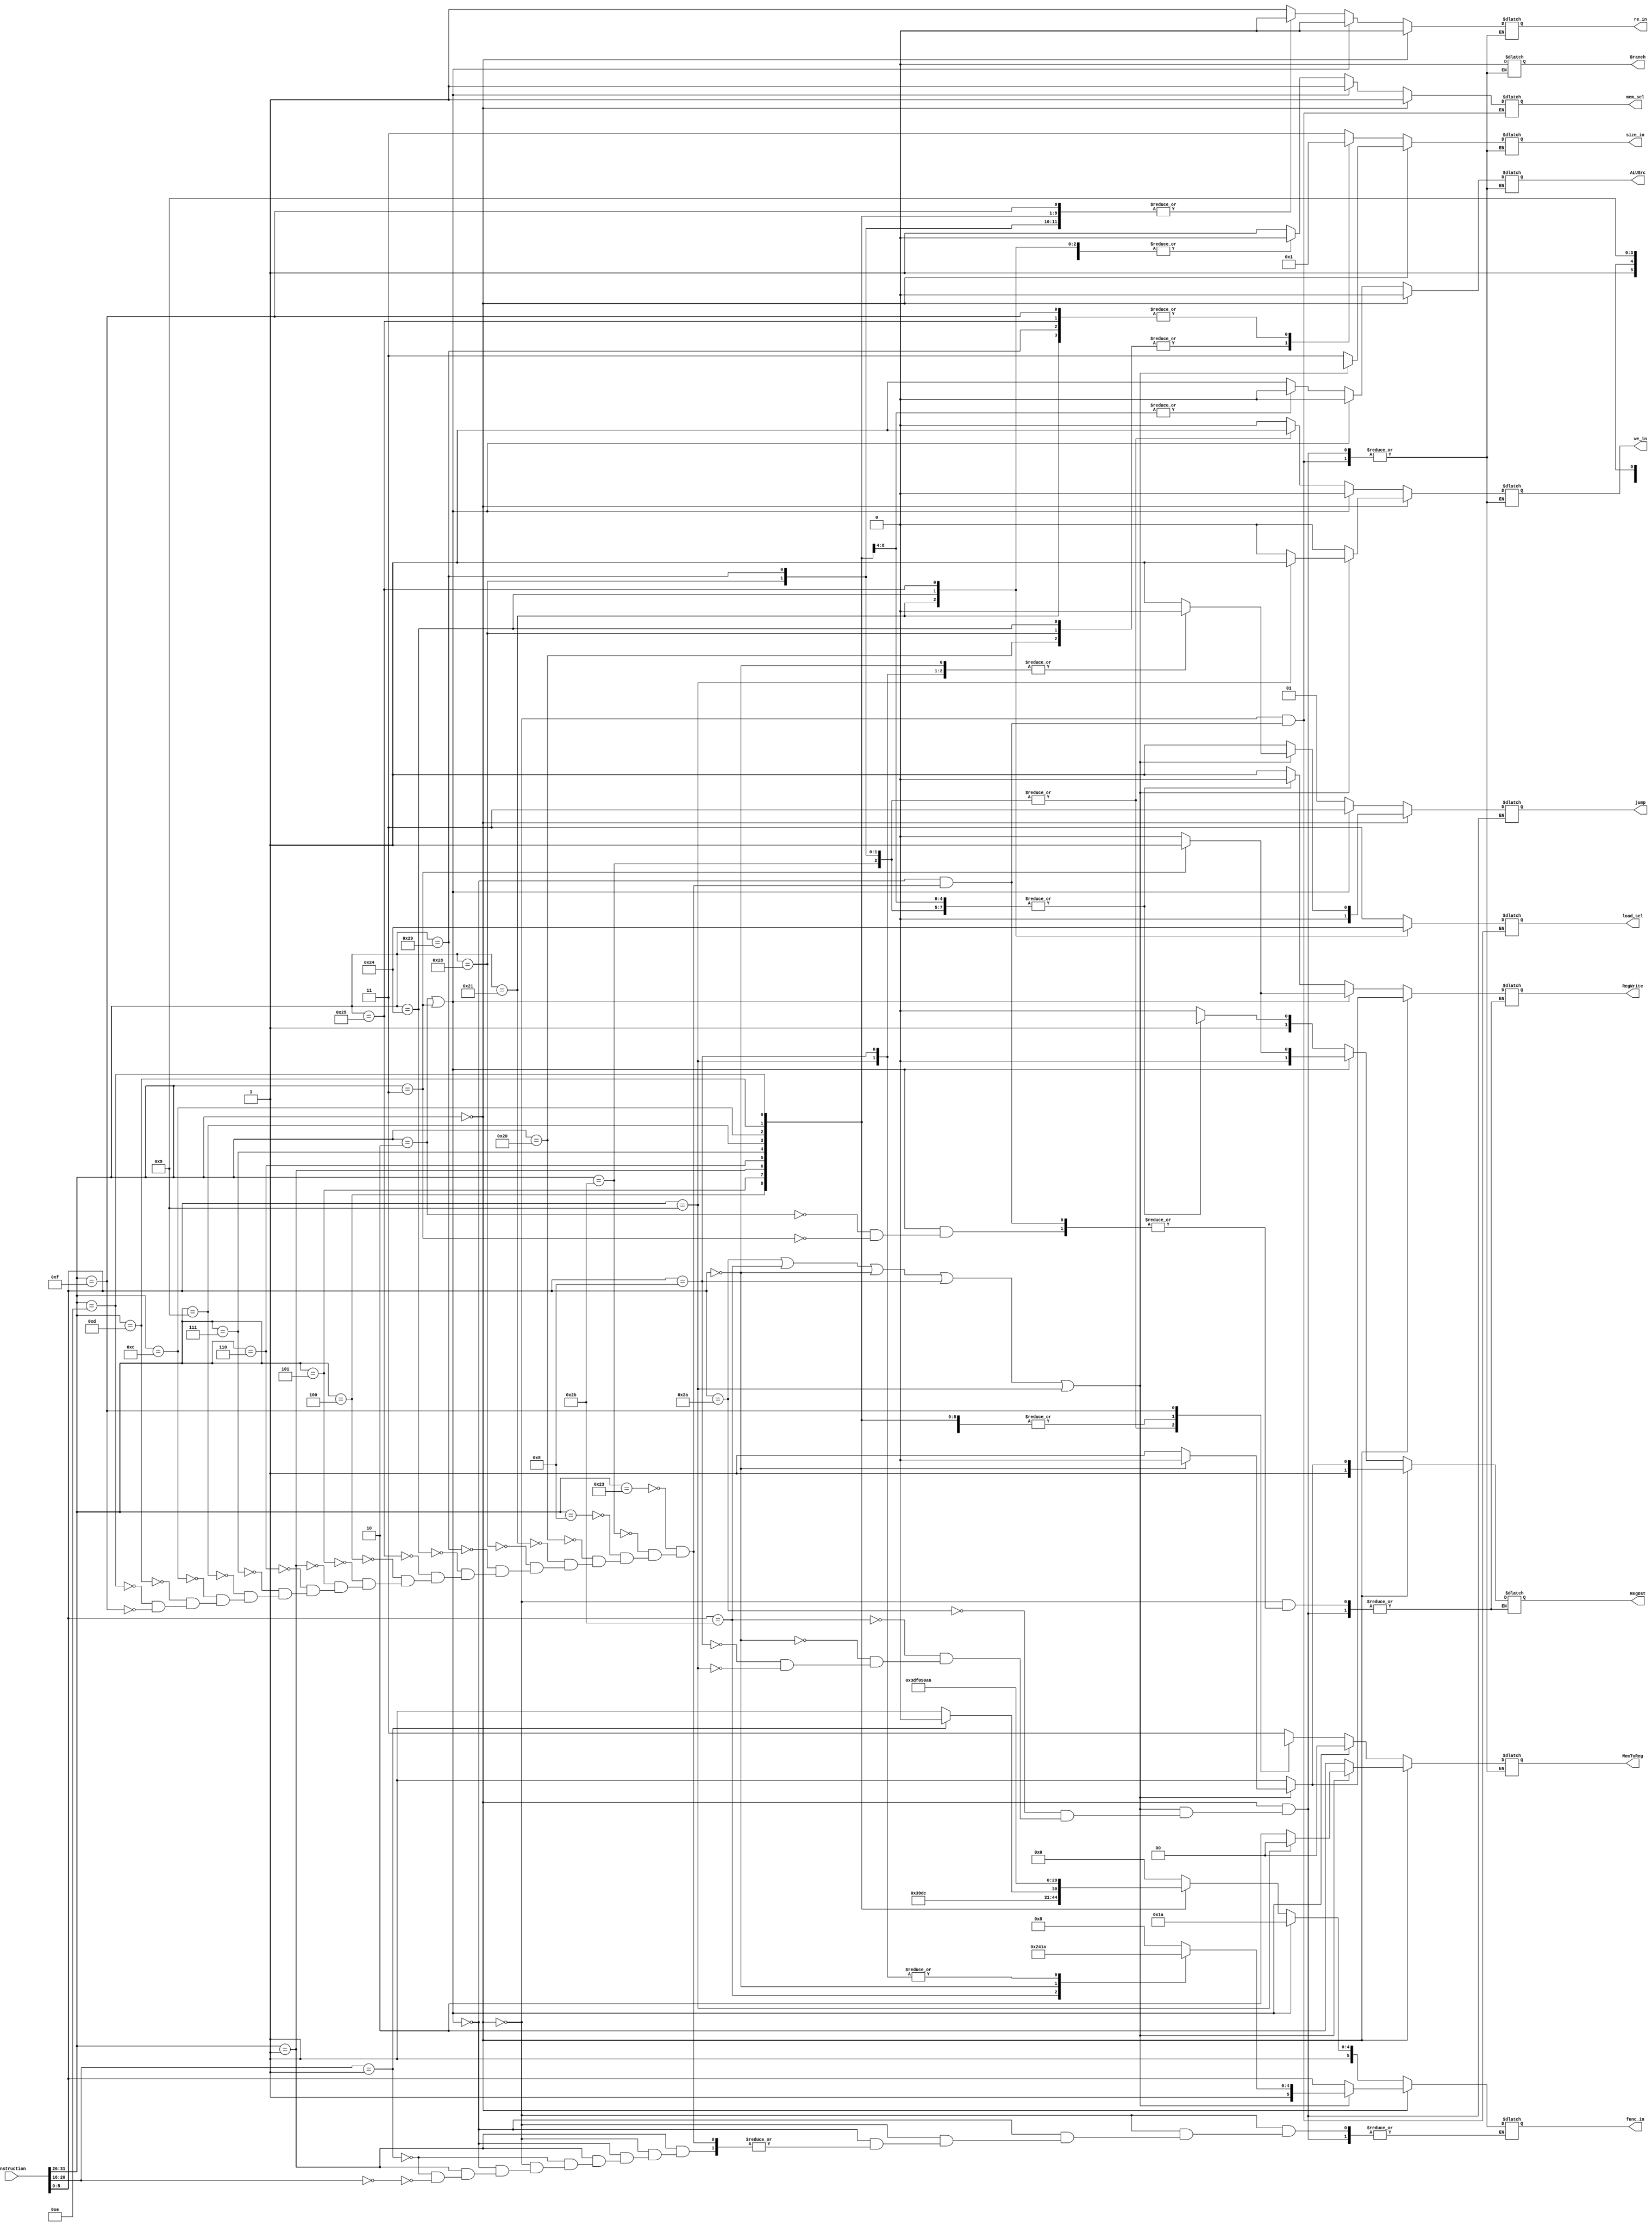
module ctr_unit(
		input [31:0] instruction,
		output [1:0] RegDst,
		output Branch,
		output re_in,
		output [1:0]MemToReg,
		output [5:0] func_in,
		output we_in,
		output ALUSrc,
		output RegWrite,
		output [1:0] jump,
		output [1:0] size_in,
		output [1:0] load_sel,
		output mem_sel
);

	reg [1:0] RegDst_reg;
	reg Branch_reg;
	reg re_in_reg;
	reg [1:0]MemToReg_reg;
	reg [5:0] func_in_reg;
	reg we_in_reg;
	reg ALUSrc_reg;
	reg RegWrite_reg;
	reg [1:0]jump_reg;
	reg [1:0] size_in_reg;
	reg [1:0] load_sel_reg;
	reg mem_sel_reg;
	
	assign RegDst = RegDst_reg;
	assign Branch = Branch_reg;
	assign re_in = re_in_reg;
	assign MemToReg = MemToReg_reg;
	assign func_in =func_in_reg;
	assign we_in = we_in_reg;
	assign ALUSrc = ALUSrc_reg;
	assign RegWrite = RegWrite_reg;
	assign jump = jump_reg;
	assign size_in = size_in_reg;
	assign load_sel = load_sel_reg;
	assign mem_sel = mem_sel_reg;
	
	always @(*)
		begin
			/*if(instruction[31:26] == 6'b000000) // R type
			begin
				func_in_reg <= instruction[5:0];
				ALUSrc_reg <= 1'b0;
				re_in_reg <= 1'b0;
				Branch_reg <= 1'b0;
				size_in_reg <= 2'bxx;
				if(instruction[5:0] == 6'b001000) begin
					jump_reg <= 2'b00;
					we_in_reg <= 1'b0;
					MemToReg_reg <= 2'b10;
					RegDst_reg <= 2'b11;
					RegWrite_reg <= 1'b1;
				end
				else if(instruction[5:0] == 6'b001001) begin
					jump_reg <= 2'b00;
					we_in_reg <= 1'b1;
					MemToReg_reg <= 2'b00;
					RegDst_reg <= 2'b11;
					RegWrite_reg <= 1'b1;
				end
				else begin
					jump_reg <= 2'b01;
					we_in_reg <= 1'b0;
					MemToReg_reg <= 2'b10;
					RegDst_reg <= 2'b11;
					RegWrite_reg <= 1'b1;
				end
				// sll logic havn't been implementeddededed
			end*/
			//**********new R type*************
			if(instruction[31:26] == 6'b000000) // R type
			begin
				load_sel_reg <= 2'bxx;
				mem_sel_reg <= 1'b1;
				if((instruction[5:0] == 6'b101010) || 
					(instruction[5:0] == 6'b101011) || 
					(instruction[5:0] == 6'b000000) || 
					(instruction[5:0] == 6'b001000) || 
					(instruction[5:0] == 6'b001001))
					begin
						case(instruction[5:0])
								6'b101010: 	begin //slt
													func_in_reg <= 6'b101000;
													RegDst_reg <= 2'b11; 
													ALUSrc_reg <= 1'b0;
													RegWrite_reg <= 1'b1;
													re_in_reg <= 1'b0;
													Branch_reg <= 1'b0;
													size_in_reg <= 2'bxx;
													jump_reg <= 2'b01;
													we_in_reg <= 1'b0;
													MemToReg_reg <= 2'b10;
												end
								6'b101011:  begin //sltu
													func_in_reg <= 6'b101001;
													RegDst_reg <= 2'b11; 
													ALUSrc_reg <= 1'b0;
													RegWrite_reg <= 1'b1;
													re_in_reg <= 1'b0;
													Branch_reg <= 1'b0;
													size_in_reg <= 2'bxx;
													jump_reg <= 2'b01;
													we_in_reg <= 1'b0;
													MemToReg_reg <= 2'b10;
												end
								6'b000000:	begin //sll
													func_in_reg <= 6'b100000;
													RegDst_reg <= 2'b10; 
													ALUSrc_reg <= 1'b0;
													RegWrite_reg <= 1'b0;
													re_in_reg <= 1'b0;
													Branch_reg <= 1'b0;
													size_in_reg <= 2'bxx;
													jump_reg <= 2'b00;
													we_in_reg <= 1'b0;
													MemToReg_reg <= 2'b10;
												end
								6'b001000:	begin //jr
													func_in_reg <= 6'b111010;
													ALUSrc_reg <= 1'b0;
													re_in_reg <= 1'b0;
													Branch_reg <= 1'b0;
													size_in_reg <= 2'bxx;
													jump_reg <= 2'b00;
													we_in_reg <= 1'b0;
													MemToReg_reg <= 2'b10;
													RegDst_reg <= 2'b11;
													RegWrite_reg <= 1'b1;
												end
								6'b001001:	begin //jalr
													func_in_reg <= 6'b111010;
													ALUSrc_reg <= 1'b0;
													re_in_reg <= 1'b0;
													Branch_reg <= 1'b0;
													size_in_reg <= 2'bxx;
													jump_reg <= 2'b00;
													we_in_reg <= 1'b1;
													MemToReg_reg <= 2'b00;
													RegDst_reg <= 2'b11;
													RegWrite_reg <= 1'b1;
												end
						endcase
					end
					
				else
					begin //all other R types
						func_in_reg <= instruction[5:0];
						ALUSrc_reg <= 1'b0;
						re_in_reg <= 1'b0;
						Branch_reg <= 1'b0;
						size_in_reg <= 2'b11;
						jump_reg <= 2'b01;
						we_in_reg <= 1'b0;
						MemToReg_reg <= 2'b10;
						RegDst_reg <= 2'b11;
						RegWrite_reg <= 1'b1;
					end
			end
			
			else if((instruction[31:26] == 6'b000010) || (instruction[31:26] == 6'b000011)) begin // J type
				ALUSrc_reg <= 1'b0;
				re_in_reg <= 1'b0;
				we_in_reg <= 1'b0;
				jump_reg <= 2'b11;
				MemToReg_reg <= 2'b00;
				func_in_reg <= 6'b111010;
				size_in_reg <= 2'bxx;
				Branch_reg <= 1'b0;
				load_sel_reg <= 2'bxx;
				mem_sel_reg <= 1'b1;
				case(instruction[31:26])
					6'b000010: begin
										RegDst_reg <= 2'b00;
										RegWrite_reg <= 1'b0;
								  end
					6'b000011: begin
										RegDst_reg <= 2'b01;
										RegWrite_reg <= 1'b1;
								  end
				endcase			
			end
			else begin										// I type
				jump_reg <= 2'b01;
				case(instruction[31:26])
					6'b100011:	begin //lw
										func_in_reg = 6'b100000; 
										RegDst_reg <= 2'b10;
										ALUSrc_reg <= 1'b1;
										RegWrite_reg <= 1'b1;
										re_in_reg <= 1'b1;
										we_in_reg <= 1'b0;
										MemToReg_reg <= 2'b11;
										Branch_reg <= 1'b0;
										size_in_reg <= 2'b11;
										load_sel_reg <= 2'bxx;
										mem_sel_reg <= 1'b1;
									end
					6'b101011:	begin //sw
										func_in_reg = 6'b100000;
										RegDst_reg <= 2'b1x;
										ALUSrc_reg <= 1'b1;
										RegWrite_reg <= 1'b0;
										re_in_reg <= 1'b0;
										we_in_reg <= 1'b1;
										MemToReg_reg <= 2'b1x;
										Branch_reg <= 1'b0;
										size_in_reg <= 2'b11;
										load_sel_reg <= 2'bxx;
										mem_sel_reg <= 1'b1;
									end
					6'b001000:	begin //addi
										func_in_reg = 6'b100000;
										RegDst_reg <= 2'b10;
										ALUSrc_reg <= 1'b1;
										RegWrite_reg <= 1'b1;
										re_in_reg <= 1'b0;
										we_in_reg <= 1'b0;
										MemToReg_reg <= 2'b10;
										Branch_reg <= 1'b0;
										size_in_reg <= 2'bxx;
										load_sel_reg <= 2'bxx;
										mem_sel_reg <= 1'b1;
									end
					6'b100000:	begin //lb
										func_in_reg = 6'b100000;
										RegDst_reg <= 2'b10;
										ALUSrc_reg <= 1'b1;
										RegWrite_reg <= 1'b1;
										re_in_reg <= 1'b1;
										we_in_reg <= 1'b0;
										MemToReg_reg <= 2'b11;
										Branch_reg <= 1'b0;
										size_in_reg <= 2'b00;
										load_sel_reg <= 2'b11;
										mem_sel_reg <= 1'b0;
									end
					6'b100001:	begin //lh
										func_in_reg = 6'b100000;
										RegDst_reg <= 2'b10;
										ALUSrc_reg <= 1'b1;
										RegWrite_reg <= 1'b1;
										re_in_reg <= 1'b1;
										we_in_reg <= 1'b0;
										MemToReg_reg <= 2'b11;
										Branch_reg <= 1'b0;
										size_in_reg <= 2'b01;
										load_sel_reg <= 2'b10;
										mem_sel_reg <= 1'b0;
									end
					6'b101000:	begin //sb
										func_in_reg = 6'b100000;
										RegDst_reg <= 2'b1x;
										ALUSrc_reg <= 1'b1;
										RegWrite_reg <= 1'b0;
										re_in_reg <= 1'b0;
										we_in_reg <= 1'b1;
										MemToReg_reg <= 2'b1x;
										Branch_reg <= 1'b0;
										size_in_reg <= 2'b00;
										load_sel_reg <= 2'bxx;
										mem_sel_reg <= 1'b1;
									end
					6'b101001:	begin //sh
										func_in_reg = 6'b100000;
										RegDst_reg <= 2'b1x;
										ALUSrc_reg <= 1'b1;
										RegWrite_reg <= 1'b0;
										re_in_reg <= 1'b0;
										we_in_reg <= 1'b1;
										MemToReg_reg <= 2'b1x;
										Branch_reg <= 1'b0;
										size_in_reg <= 2'b01;
										load_sel_reg <= 2'bxx;
										mem_sel_reg <= 1'b1;
									end
					6'b100100:	begin //lbu
										func_in_reg = 6'b100000;
										RegDst_reg <= 2'b10;
										ALUSrc_reg <= 1'b1;
										RegWrite_reg <= 1'b1;
										re_in_reg <= 1'b1;
										we_in_reg <= 1'b0;
										MemToReg_reg <= 2'b11;
										Branch_reg <= 1'b0;
										size_in_reg <= 2'b00;
										load_sel_reg <= 2'b01;
										mem_sel_reg <= 1'b0;
									end
					6'b100101:	begin //lhu
										func_in_reg = 6'b100000;
										RegDst_reg <= 2'b10;
										ALUSrc_reg <= 1'b1;
										RegWrite_reg <= 1'b1;
										re_in_reg <= 1'b1;
										we_in_reg <= 1'b0;
										MemToReg_reg <= 2'b11;
										Branch_reg <= 1'b0;
										size_in_reg <= 2'b01;
										load_sel_reg <= 2'b00;
										mem_sel_reg <= 1'b0;
									end
					6'b000100:	begin //beq
										func_in_reg = 6'b111100;
										RegDst_reg <= 2'b1x;
										ALUSrc_reg <= 1'b0;
										RegWrite_reg <= 1'b0;
										re_in_reg <= 1'b0;
										we_in_reg <= 1'b0;
										MemToReg_reg <= 2'b10;
										Branch_reg <= 1'b0;
										size_in_reg <= 2'bxx;
										load_sel_reg <= 2'bxx;
										mem_sel_reg <= 1'b1;
									end
					6'b000101:	begin //bne
										func_in_reg = 6'b111101;
										RegDst_reg <= 2'b1x;
										ALUSrc_reg <= 1'b0;
										RegWrite_reg <= 1'b0;
										re_in_reg <= 1'b0;
										we_in_reg <= 1'b0;
										MemToReg_reg <= 2'b10;
										Branch_reg <= 1'b0;
										size_in_reg <= 2'bxx;
										load_sel_reg <= 2'bxx;
										mem_sel_reg <= 1'b1;
									end
					6'b000001:	begin //bltz  or bgez
										if(instruction[20:16] == 5'b00001)	begin // bgez
											func_in_reg = 6'b111000;
										end
										else if(instruction[20:16] == 5'b00000) begin //bltz
											func_in_reg = 6'b111001;
										end
										RegDst_reg <= 2'b1x;
										ALUSrc_reg <= 1'b0;
										RegWrite_reg <= 1'b0;
										re_in_reg <= 1'b0;
										we_in_reg <= 1'b0;
										MemToReg_reg <= 2'b10;
										Branch_reg <= 1'b0;
										size_in_reg <= 2'bxx;
										load_sel_reg <= 2'bxx;
										mem_sel_reg <= 1'b1;
									end
					6'b000110:	begin //blez
										func_in_reg = 6'b111110;
										RegDst_reg <= 2'b1x;
										ALUSrc_reg <= 1'b0;
										RegWrite_reg <= 1'b0;
										re_in_reg <= 1'b0;
										we_in_reg <= 1'b0;
										MemToReg_reg <= 2'b10;
										Branch_reg <= 1'b0;
										size_in_reg <= 2'bxx;
										load_sel_reg <= 2'bxx;
										mem_sel_reg <= 1'b1;
									end
					6'b000111:	begin //bgtz
										func_in_reg = 6'b111111;
										RegDst_reg <= 2'b1x;
										ALUSrc_reg <= 1'b0;
										RegWrite_reg <= 1'b0;
										re_in_reg <= 1'b0;
										we_in_reg <= 1'b0;
										MemToReg_reg <= 2'b10;
										Branch_reg <= 1'b0;
										size_in_reg <= 2'bxx;
										load_sel_reg <= 2'bxx;
										mem_sel_reg <= 1'b1;
									end
					6'b001001:	begin //addiu
										func_in_reg = 6'b100001;
										RegDst_reg <= 2'b10;
										ALUSrc_reg <= 1'b1;
										RegWrite_reg <= 1'b1;
										re_in_reg <= 1'b0;
										we_in_reg <= 1'b0;
										MemToReg_reg <= 2'b10;
										Branch_reg <= 1'b0;
										size_in_reg <= 2'bxx;
										load_sel_reg <= 2'bxx;
										mem_sel_reg <= 1'b1;
									end
					6'b001100:	begin //andi
										func_in_reg = 6'b100100;
										RegDst_reg <= 2'b10;
										ALUSrc_reg <= 1'b1;
										RegWrite_reg <= 1'b1;
										re_in_reg <= 1'b0;
										we_in_reg <= 1'b0;
										MemToReg_reg <= 2'b10;
										Branch_reg <= 1'b0;
										size_in_reg <= 2'bxx;
										load_sel_reg <= 2'bxx;
										mem_sel_reg <= 1'b1;
									end
					6'b001101:	begin //ori
										func_in_reg = 6'b100101;
										RegDst_reg <= 2'b10;
										ALUSrc_reg <= 1'b1;
										RegWrite_reg <= 1'b1;
										re_in_reg <= 1'b0;
										we_in_reg <= 1'b0;
										MemToReg_reg <= 2'b10;
										Branch_reg <= 1'b0;
										size_in_reg <= 2'bxx;
										load_sel_reg <= 2'bxx;
										mem_sel_reg <= 1'b1;
									end
					6'b001110:	begin //xori
										func_in_reg = 6'b100110;
										RegDst_reg <= 2'b10;
										ALUSrc_reg <= 1'b1;
										RegWrite_reg <= 1'b1;
										re_in_reg <= 1'b0;
										we_in_reg <= 1'b0;
										MemToReg_reg <= 2'b10;
										Branch_reg <= 1'b0;
										size_in_reg <= 2'bxx;
										load_sel_reg <= 2'bxx;
										mem_sel_reg <= 1'b1;
									end
					6'b001111:	begin //lui
										func_in_reg = 6'b100000; //don't care case
										RegDst_reg <= 2'b10;
										ALUSrc_reg <= 1'b1;
										RegWrite_reg <= 1'b1;
										re_in_reg <= 1'b0;
										we_in_reg <= 1'b0;
										MemToReg_reg <= 2'b01;
										Branch_reg <= 1'b0;
										size_in_reg <= 2'b01;
										load_sel_reg <= 2'bxx;
										mem_sel_reg <= 1'b1;
									end
				endcase
			end
		end

endmodule